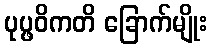
ပုပ္ဖဝိကတိ ခြောက်မျိုး